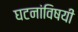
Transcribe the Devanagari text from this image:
घटनांविषयी